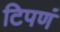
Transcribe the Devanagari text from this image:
टिपणं